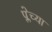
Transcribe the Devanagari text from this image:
प्लेच्या